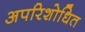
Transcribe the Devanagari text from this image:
अपरिशोधित